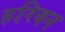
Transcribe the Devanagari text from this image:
हरिबन